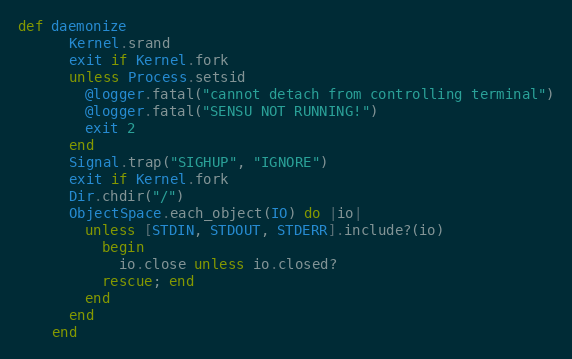
Language: Ruby
def daemonize
      Kernel.srand
      exit if Kernel.fork
      unless Process.setsid
        @logger.fatal("cannot detach from controlling terminal")
        @logger.fatal("SENSU NOT RUNNING!")
        exit 2
      end
      Signal.trap("SIGHUP", "IGNORE")
      exit if Kernel.fork
      Dir.chdir("/")
      ObjectSpace.each_object(IO) do |io|
        unless [STDIN, STDOUT, STDERR].include?(io)
          begin
            io.close unless io.closed?
          rescue; end
        end
      end
    end